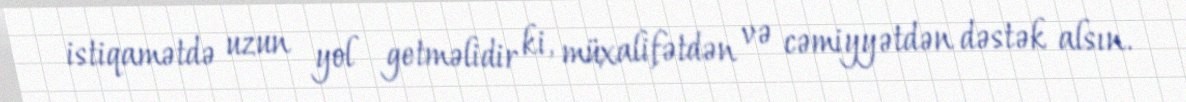
istiqamətdə uzun yol getməlidir ki, müxalifətdən və cəmiyyətdən dəstək alsın.